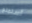
أستمتع